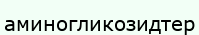
аминогликозидтер